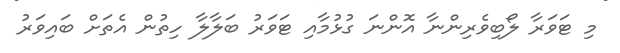
މި ޓަވަރާ ލޯބިވެރިންނާ އޮންނަ ގުޅުމާއި ޓަަވަރު ބަލާލާ ހިތުން އެތަށް ބައިވަރު